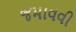
જમાવવી